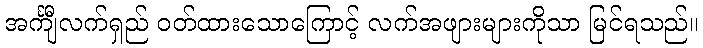
အင်္ကျီလက်ရှည် ဝတ်ထားသောကြောင့် လက်အဖျားများကိုသာ မြင်ရသည်။